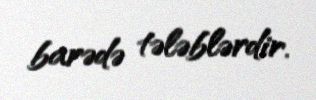
barədə tələblərdir.